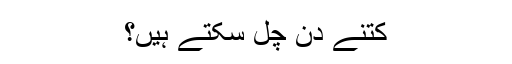
کتنے دن چل سکتے ہیں؟